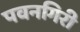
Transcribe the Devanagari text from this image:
पवनगिरी